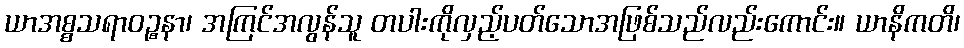
ယာအစ္စသရာဝဉ္စနာ၊ အကြင်အလွန်သူ တပါးကိုလှည့်ပတ်သောအဖြစ်သည်လည်းကောင်း။ ယာနိကတိ၊